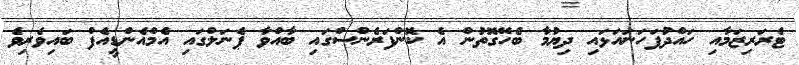
ޓެރަރިޒަމާއި ހައްދުފަހަނައަޅައި ދިޔުމާ ބެހޭގޮތުން އެ ކޮންފަރެންސްގައި ބާއްވާ ޕެނަލްގައި އެމްއެންޑީއެފް ބައިވެރިވެ